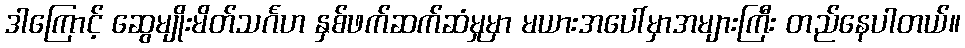
ဒါကြောင့် ဆွေမျိုးမိတ်သင်္ဂဟ နှစ်ဖက်ဆက်ဆံမှုမှာ မယားအပေါ်မှာအများကြီး တည်နေပါတယ်။